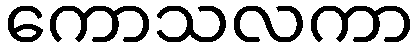
ကောသလကာ